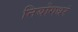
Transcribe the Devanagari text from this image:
नियोगधरं